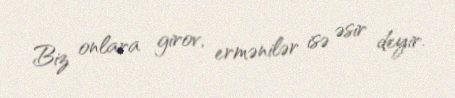
Biz onlara girov, ermənilər isə əsir deyir.